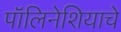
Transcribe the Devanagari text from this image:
पॉलिनेशियाचे